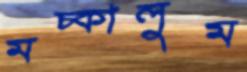
মচ্‌কালুম